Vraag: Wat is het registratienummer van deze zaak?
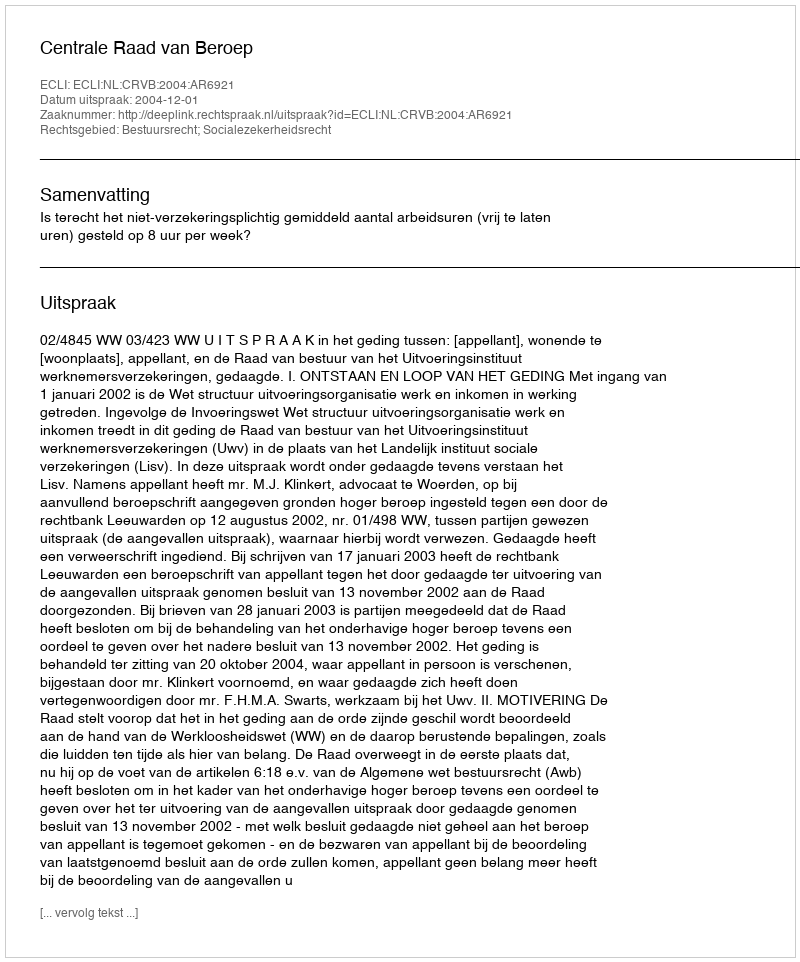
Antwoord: http://deeplink.rechtspraak.nl/uitspraak?id=ECLI:NL:CRVB:2004:AR6921